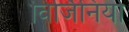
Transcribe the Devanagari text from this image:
विर्जिनियो